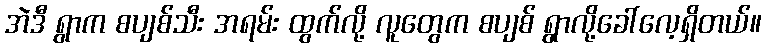
အဲဒီ ရွာက စပျစ်သီး အရမ်း ထွက်လို့ လူတွေက စပျစ် ရွာလို့ခေါ်လေ့ရှိတယ်။